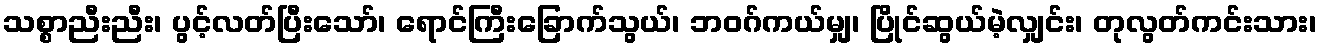
သစ္စာညီးညီး၊ ပွင့်လတ်ပြီးသော်၊ ရောင်ကြီးခြောက်သွယ်၊ ဘဝဂ်ကယ်မျှ၊ ပြိုင်ဆွယ်မဲ့လျှင်း၊ တုလွတ်ကင်းသား၊